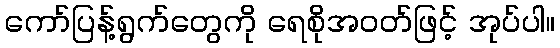
ကော်ပြန့်ရွက်တွေကို ရေစိုအဝတ်ဖြင့် အုပ်ပါ။